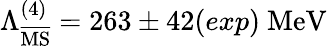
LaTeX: \Lambda_{\overline{{\mathrm{MS}}}}^{(4)}=263\pm 42(exp)\ \mathrm{MeV}